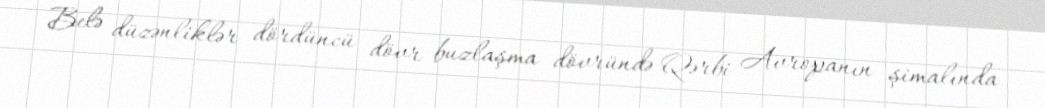
Belə düzənliklər dördüncü dövr buzlaşma dövründə Qərbi Avropanın şimalında